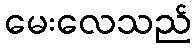
မေးလေသည်